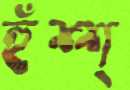
হুঁশ্শ্